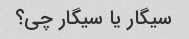
سیگار یا سیگار چی؟